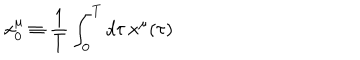
LaTeX: x _ { 0 } ^ { \mu } \equiv { \frac { 1 } { T } } \int _ { 0 } ^ { T } d \tau \, x ^ { \mu } ( \tau )